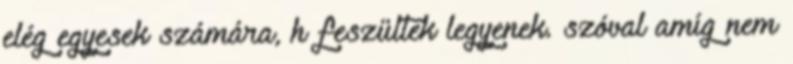
elég egyesek számára, h feszültek legyenek. szóval amíg nem